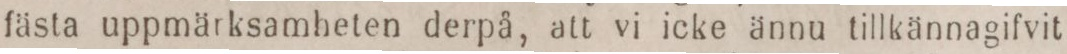
fästa uppmärksamheten derpå, att vi icke ännu tillkännagifvit